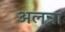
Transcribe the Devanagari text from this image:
अलन्ना